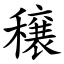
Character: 穣